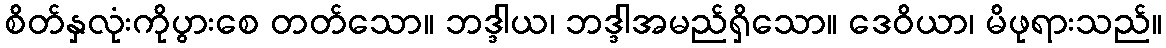
စိတ်နှလုံးကိုပွားစေ တတ်သော။ ဘဒ္ဒါယ၊ ဘဒ္ဒါအမည်ရှိသော။ ဒေဝိယာ၊ မိဖုရားသည်။